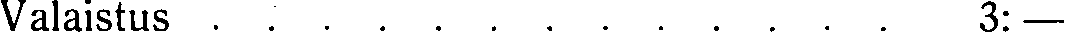
Valaistus . . . . . . . . . . . . . 3: —